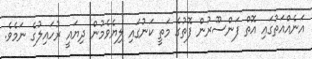
އަނެއްއަތުގައި އޮތް ފަންސޫރުން ފޮތުގެ މަތީ ކަނުގައި ލިޔެވެމުން ދިޔައީ ރުހައިލުގެ ނަމެވެ.